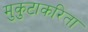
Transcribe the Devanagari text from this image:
मुकुटाकरिता